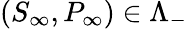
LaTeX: (S_{\infty},P_{\infty})\in\Lambda_{-}